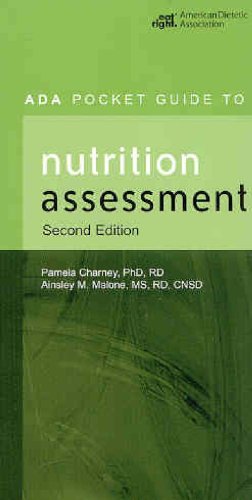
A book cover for ADA Pocket Guide to Nutrition Assessment; Pamela Charney; Medical Books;